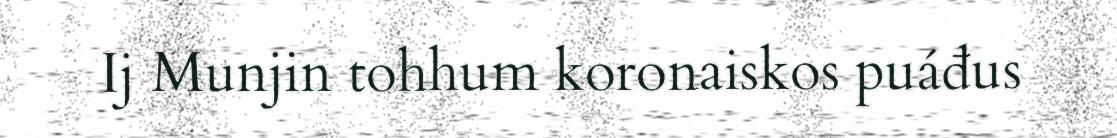
Ij Munjin tohhum koronaiskos puáđus